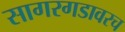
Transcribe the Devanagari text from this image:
सागरगडावरच